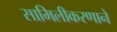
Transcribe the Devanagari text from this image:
सामिलीकरणाने